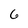
Character: 6